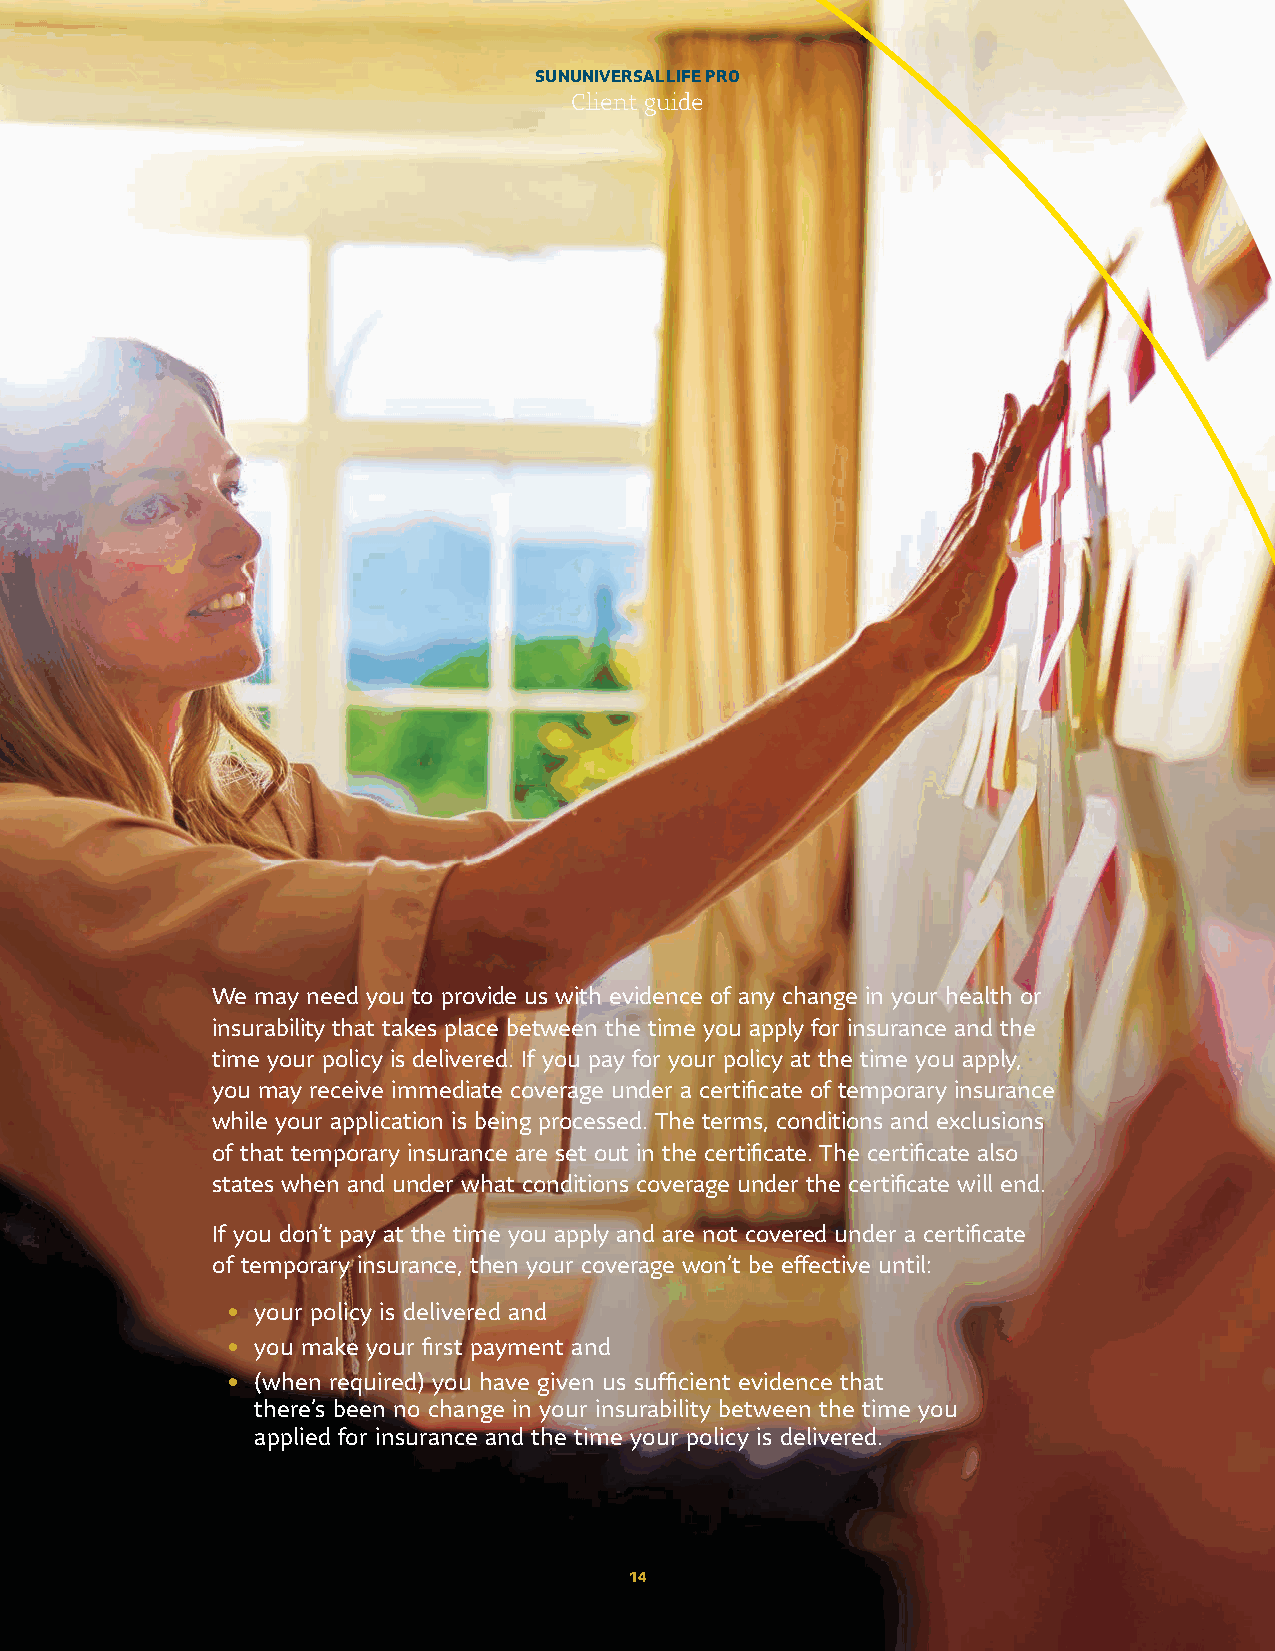
SUN UNIVERSAL LIFE PRO
 Client guide
 We may need you to provide us with evidence of any change in your health or
 insurability that takes place between the time you apply for insurance and the
 time your policy is delivered. If you pay for your policy at the time you apply,
 you may receive immediate coverage under a certifi cate of temporary insurance
 while your application is being processed. The terms, conditions and exclusions
 of that temporary insurance are set out in the certifi cate. The certifi cate also
 states when and under what conditions coverage under the certifi cate will end.
 If you don’t pay at the time you apply and are not covered under a certifi cate
 of temporary insurance, then your coverage won’t be effective until:
 • your policy is delivered and
 • you make your fi rst payment and
 • (when required) you have given us suffi cient evidence that
 there’s been no change in your insurability between the time you
 applied for insurance and the time your policy is delivered.
 14